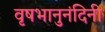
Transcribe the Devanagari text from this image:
वृषभानुनंदिनी